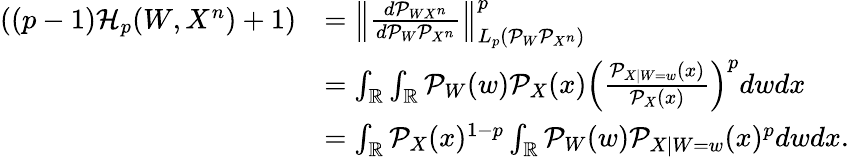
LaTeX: \begin{array}{rl}{((p-1)\mathcal{H}_{p}(W,X^{n})+1)}&{=\left\lVert\frac{d\mathcal{P}_{WX^{n}}}{d\mathcal{P}_{W}\mathcal{P}_{X^{n}}}\right\rVert_{L_{p}(\mathcal{P}_{W}\mathcal{P}_{X^{n}})}^{p}}\\ &{=\int_{\mathbb{R}}\int_{\mathbb{R}}\mathcal{P}_{W}(w)\mathcal{P}_{X}(x)\left(\frac{\mathcal{P}_{X|W=w}(x)}{\mathcal{P}_{X}(x)}\right)^{p}dwdx}\\ &{=\int_{\mathbb{R}}\mathcal{P}_{X}(x)^{1-p}\int_{\mathbb{R}}\mathcal{P}_{W}(w)\mathcal{P}_{X|W=w}(x)^{p}dwdx.}\end{array}